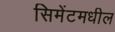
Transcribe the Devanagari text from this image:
सिमेंटमधील